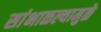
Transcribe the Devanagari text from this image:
सांभाळल्यामुळे